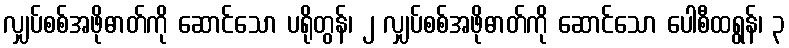
လျှပ်စစ်အဖိုဓာတ်ကို ဆောင်သော ပရိုတွန်၊ ၂ လျှပ်စစ်အဖိုဓာတ်ကို ဆောင်သော ပေါစီထရွန်၊ ၃